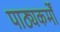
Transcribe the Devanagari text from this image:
पाठ्यकर्मों